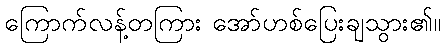
ကြောက်လန့်တကြား အော်ဟစ်ပြေးချသွား၏။